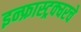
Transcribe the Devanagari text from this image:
इन्फ्रास्ट्रक्चरचे